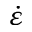
\dot { \varepsilon }